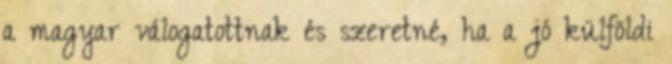
a magyar válogatottnak és szeretné, ha a jó külföldi